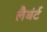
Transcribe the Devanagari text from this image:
लैबंर्ट